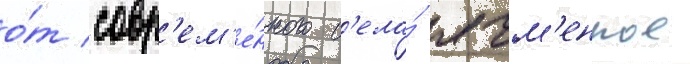
о́т совр'ем'е́нного с'ела́ ячм'енное